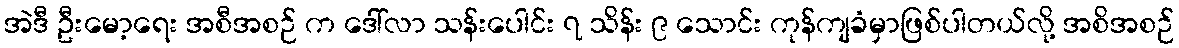
အဲဒီ ဦးမော့ရေး အစီအစဉ် က ဒေါ်လာ သန်းပေါင်း ၇ သိန်း ၉ သောင်း ကုန်ကျခံမှာဖြစ်ပါတယ်လို့ အစိအစဉ်